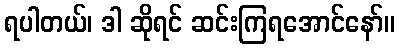
ရပါတယ်၊ ဒါ ဆိုရင် ဆင်းကြရအောင်နော်။